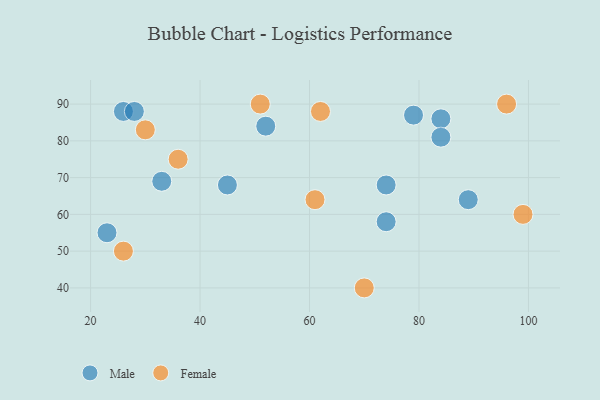
{"axis": {"x": "GDP", "y": "Life Expectancy"}, "legend": ["Female", "Male"], "data": [{"x": "52", "y": 84, "type": "Male"}, {"x": "74", "y": 58, "type": "Male"}, {"x": "33", "y": 69, "type": "Male"}, {"x": "26", "y": 88, "type": "Male"}, {"x": "45", "y": 68, "type": "Male"}, {"x": "23", "y": 55, "type": "Male"}, {"x": "79", "y": 87, "type": "Male"}, {"x": "28", "y": 88, "type": "Male"}, {"x": "74", "y": 68, "type": "Male"}, {"x": "84", "y": 86, "type": "Male"}, {"x": "84", "y": 81, "type": "Male"}, {"x": "89", "y": 64, "type": "Male"}, {"x": "51", "y": 90, "type": "Female"}, {"x": "30", "y": 83, "type": "Female"}, {"x": "61", "y": 64, "type": "Female"}, {"x": "36", "y": 75, "type": "Female"}, {"x": "99", "y": 60, "type": "Female"}, {"x": "62", "y": 88, "type": "Female"}, {"x": "26", "y": 50, "type": "Female"}, {"x": "96", "y": 90, "type": "Female"}, {"x": "70", "y": 40, "type": "Female"}]}